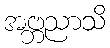
အဗ္ဘညာသိ